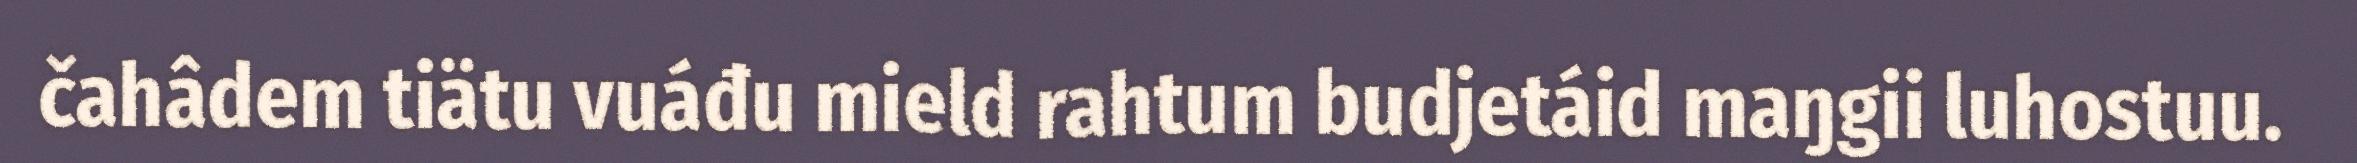
čahâdem tiätu vuáđu mield rahtum budjetáid maŋgii luhostuu.